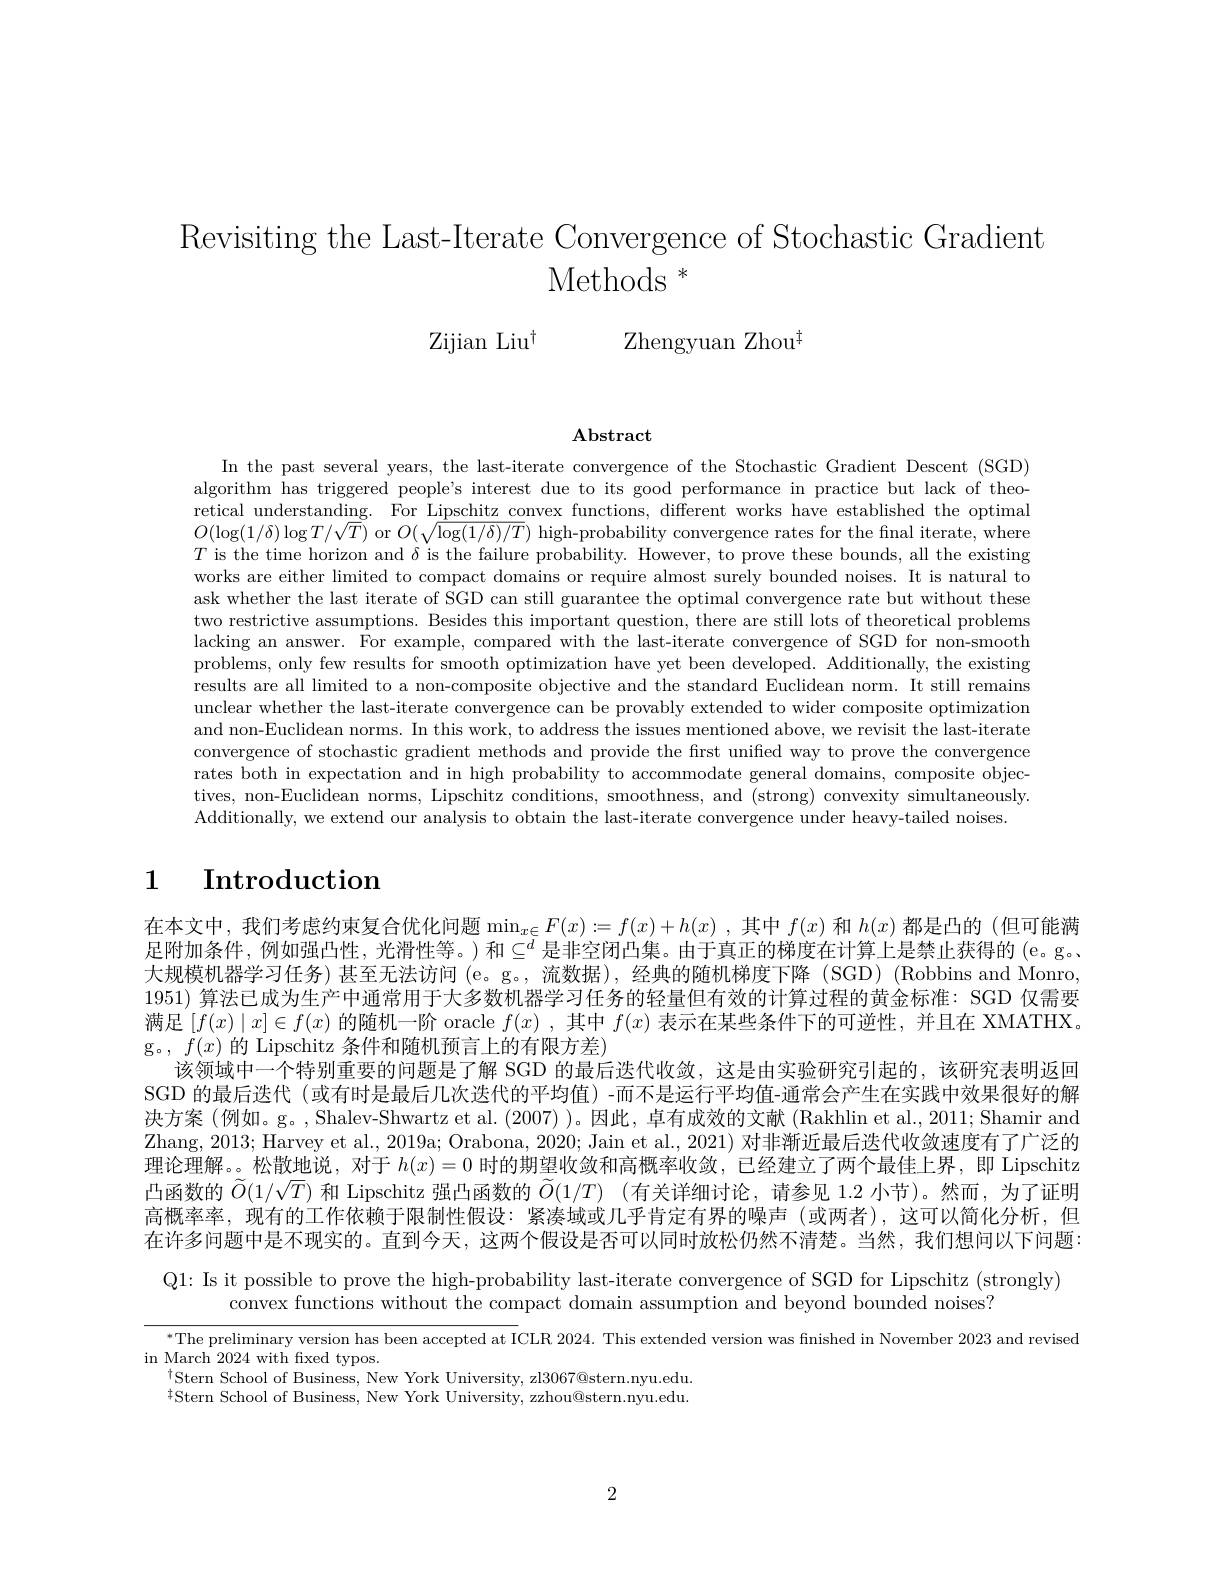
Revisiting the Last-Iterate Convergence of Stochastic Gradient
$\mathrm{Methods~}^*$

Zijian Liu$^{\dagger}$

Zhengyuan Zho$u^{\ddagger }$

$\mathbf{Abstract}$

In the past several years, the last-iterate convergence of the Stochastic Gradient Descent (SGD) algorithm has triggered people's interest due to its good performance in practice but lack of theoretical understanding. For Lipschitz convex functions, different works have established the optimal $O(\log(1/\delta)\log T/\sqrt{T})$ or $O(\sqrt\text{log}(1/\delta)/T)$ high-probability convergence rates for the final iterate, where $T$ is the time horizon and $\delta$ is the failure probability. However, to prove these bounds, all the existing works are either limited to compact domains or require almost surely bounded noises. It is natural to ask whether the last iterate of SGD can still guarantee the optimal convergence rate but without these two restrictive assumptions. Besides this important question, there are still lots of theoretical problems lacking an answer. For example, compared with the last-iterate convergence of SGD for non-smooth problems, only few results for smooth optimization have yet been developed. Additionally, the existing results are all limited to a non-composite objective and the standard Euclidean norm. It still remains unclear whether the last-iterate convergence can be provably extended to wider composite optimization and non-Euclidean norms. In this work, to address the issues mentioned above, we revisit the last-iterate convergence of stochastic gradient methods and provide the first unified way to prove the convergence rates both in expectation and in high probability to accommodate general domains, composite objectives, non-Euclidean norms, Lipschitz conditions, smoothness, and (strong) convexity simultaneously. Additionally, we extend our analysis to obtain the last-iterate convergence under heavy-tailed noises.

# 1 Introduction

在本文中，我们考虑约束复合优化问题$\min_x\in F(x):=f(x)+h(x)$,其中$f(x)$和$h(x)$都是凸的 (但可能满足附加条件，例如强凸性，光滑性等。)和$\subseteq^d$ 是非空闭凸集。由于真正的梯度在计算上是禁止获得的(e。g。大规模机器学习任务) 甚至无法访问(e。g。,流数据),经典的随机梯度下降 (SGD)(Robbins and Monro, 1951) 算法已成为生产中通常用于大多数机器学习任务的轻量但有效的计算过程的黄金标准：SGD 仅需要满足$\left[f(x)\mid x\right]\in f(x)$的随机一阶 oracle $f(x)$,其中$f(x)$表示在某些条件下的可逆性，并且在 XMATHX。g。, $f(x)$的 Lipschitz 条件和随机预言上的有限方差)
该领域中一个特别重要的问题是了解 SGD 的最后迭代收敛，这是由实验研究引起的，该研究表明返回SGD 的最后迭代 (或有时是最后几次迭代的平均值) -而不是运行平均值-通常会产生在实践中效果很好的解决方案(例如。g。,Shalev-Shwartz et al.(2007) )。因此，卓有成效的文献 (Rakhlin et al., 2011; Shamir and Zhang, 2013; Harvey et al., 2019a; Orabona, 2020; Jain et al., 2021) 对非渐近最后迭代收敛速度有了广泛的理论理解。。松散地说，对于$h(x)=0$时的期望收敛和高概率收敛，已经建立了两个最佳上界，即 Lipschitz 凸函数的$\tilde{O}(1/\sqrt T)$和 Lipschitz 强凸函数的$\tilde{O} ( 1/ T)$ (有关详细讨论，请参见 1.2 小节)。然而，为了证明高概率率，现有的工作依赖于限制性假设：紧凑域或几乎肯定有界的噪声(或两者),这可以简化分析，但在许多问题中是不现实的。直到今天，这两个假设是否可以同时放松仍然不清楚。当然，我们想问以下问题：

Q1: Is it possible to prove the high-probability last-iterate convergence of SGD for Lipschitz (strongly)

convex functions without the compact domain assumption and beyond bounded noises?

$^{*}$The preliminary version has been accepted at ICLR 2024. This extended version was finished in November 2023 and revised
in March 2024 with fixed typos.
$^{\dagger}$Stern School of Business, New York University, zl3067@stern.nyu.edu $\ddagger$Stern School of Business, New York University, zzhou@stern.nyu.edu.

2